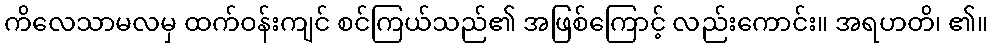
ကိလေသာမလမှ ထက်ဝန်းကျင် စင်ကြယ်သည်၏ အဖြစ်ကြောင့် လည်းကောင်း။ အရဟတိ၊ ၏။